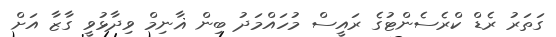
ގަތަރު ރެޑް ކްރެސެންޓުގެ ރައީސް މުހައްމަދު ބިން ޣާނިމް ވިދާޅުވީ ގާޒާ އަށް